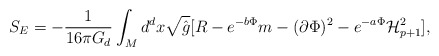
\begin{align*}S_{E} = - \frac{1}{16\pi G_{d}} \int_{M} d^d x \sqrt{\hat{g}} [R - e^{-b \Phi} m - (\partial\Phi)^2 - e^{-a\Phi}{\mathcal H}_{p+1}^2],\end{align*}